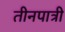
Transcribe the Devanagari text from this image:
तीनपात्री